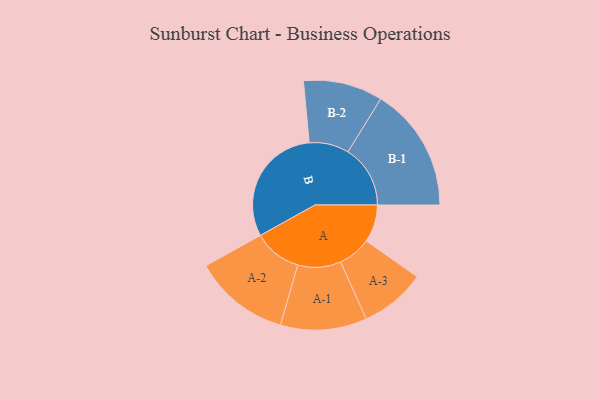
{"axis": {"x": "Segment", "y": "Value"}, "legend": ["", "A", "B"], "data": [{"x": "A", "y": 154, "type": ""}, {"x": "B", "y": 500, "type": ""}, {"x": "A-1", "y": 177, "type": "A"}, {"x": "A-2", "y": 197, "type": "A"}, {"x": "A-3", "y": 135, "type": "A"}, {"x": "B-1", "y": 256, "type": "B"}, {"x": "B-2", "y": 163, "type": "B"}]}